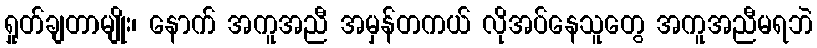
ရှုတ်ချတာမျိုး၊ နောက် အကူအညီ အမှန်တကယ် လိုအပ်နေသူတွေ အကူအညီမရဘဲ